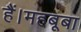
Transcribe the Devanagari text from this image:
हैं।महबूबा